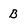
Character: B